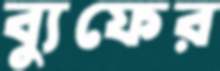
ব্যুফের